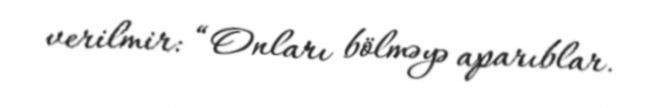
verilmir: “Onları bölməyə aparıblar.